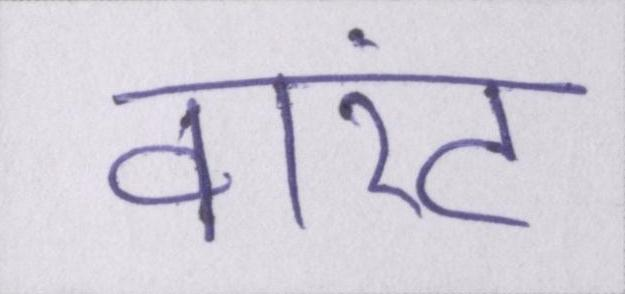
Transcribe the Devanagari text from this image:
वारंट